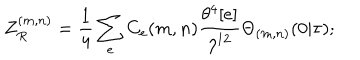
Z _ { R } ^ { ( m , n ) } = \frac { 1 } { 4 } \sum _ { e } C _ { e } ( m , n ) \frac { \theta ^ { 4 } [ e ] } { \eta ^ { 1 2 } } \Theta _ { ( m , n ) } ( 0 | \tau ) ;